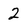
Character: 2